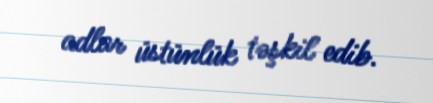
adlar üstünlük təşkil edib.